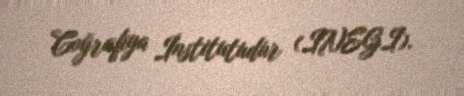
Coğrafiya İnstitutudur (INEGI).